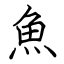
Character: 魚